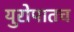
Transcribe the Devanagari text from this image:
युरोपातच